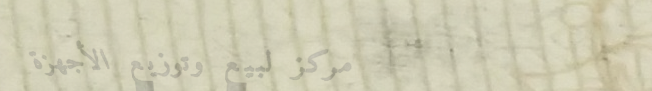
مركز لبيع وتوزيع الأجهزة